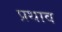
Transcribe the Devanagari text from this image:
प्रथाव